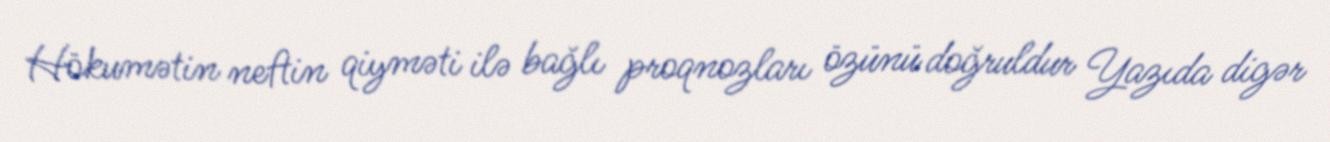
Hökumətin neftin qiyməti ilə bağlı proqnozları özünü doğruldur Yazıda digər